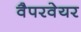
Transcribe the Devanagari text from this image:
वैपरवेयर